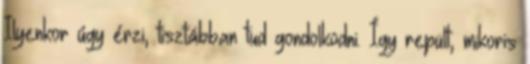
Ilyenkor úgy érzi, tisztábban tud gondolkodni. Így repült, mikoris